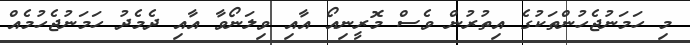
މި ހަމަނުޖެހުންތަކުގެ އިތުރުން ވެސް މޮރީނިއޯ އާއި ވިލަނޯވާ އާއި ދެމެދު ހަމަނުޖެހުމެއް